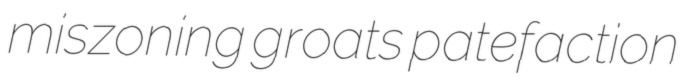
miszoning groats patefaction